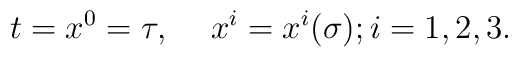
t=x^0=\tau,\hspace*{5mm}x^i=x^i (\sigma); i=1,2,3.